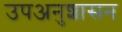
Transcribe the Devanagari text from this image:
उपअनुशासन